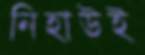
নিহাউই